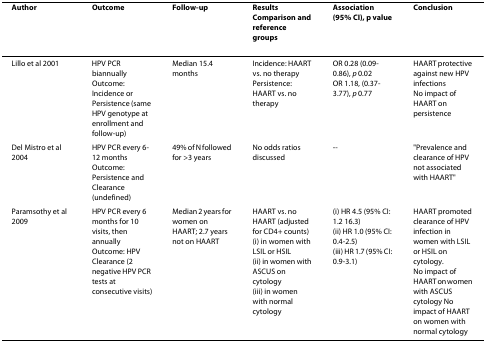
| Author | Outcome | Follow-up | Results Comparison and reference groups | Association (95% CI), p value | Conclusion |
 | --- | --- | --- | --- | --- | --- |
 | Lillo et al 2001 | HPV PCR biannually Outcome: Incidence or Persistence (same HPV genotype at enrollment and follow-up) | Median 15.4 months | Incidence: HAART vs. no therapyPersistence: HAART vs. no therapy | OR 0.28 (0.09-0.86), p 0.02OR 1.18, (0.37-3.77), p 0.77 | HAART protective against new HPV infectionsNo impact of HAART on persistence |
 | Del Mistro et al 2004 | HPV PCR every 6-12 months Outcome: Persistence and Clearance (undefined) | 49% of N followed for >3 years | No odds ratios discussed | -- | "Prevalence and clearance of HPV not associated with HAART" |
 | Paramsothy et al 2009 | HPV PCR every 6 months for 10 visits, then annually Outcome: HPV Clearance (2 negative HPV PCR tests at consecutive visits) | Median 2 years for women on HAART; 2.7 years not on HAART | HAART vs. no HAART (adjusted for CD4+ counts)(i) in women with LSIL or HSIL(ii) in women with ASCUS on cytology(iii) in women with normal cytology | (i) HR 4.5 (95% CI: 1.2 16.3)(ii) HR 1.0 (95% CI: 0.4-2.5)(iii) HR 1.7 (95% CI: 0.9-3.1) | HAART promoted clearance of HPV infection in women with LSIL or HSIL on cytology.No impact of HAART on women with ASCUS cytology No impact of HAART on women with normal cytology |